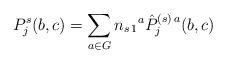
LaTeX: \begin{align*}P_j^s(b,c) = \sum_{a\in G} n_{s\,1}{}^{a}\hat P_j^{(s)\,a}(b,c)\end{align*}